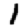
Digit: 1